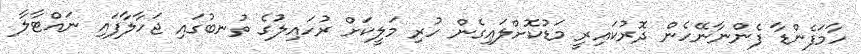
ހާމަފެންޑާ ފެންނާނޭހެން ދޮރުކައިރީ މަޑުކޮށްލައިގެން ހުރި މަލީކަށް ރުހައިލުގެ ތުނބުގައި ޖަހާލާފައި ނައްޓާލާ